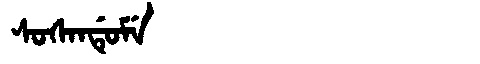
Manchu: ᠰᠣᠰᠠᠨᡩᡠᠮᡝ
Romanization: SOSANDUME